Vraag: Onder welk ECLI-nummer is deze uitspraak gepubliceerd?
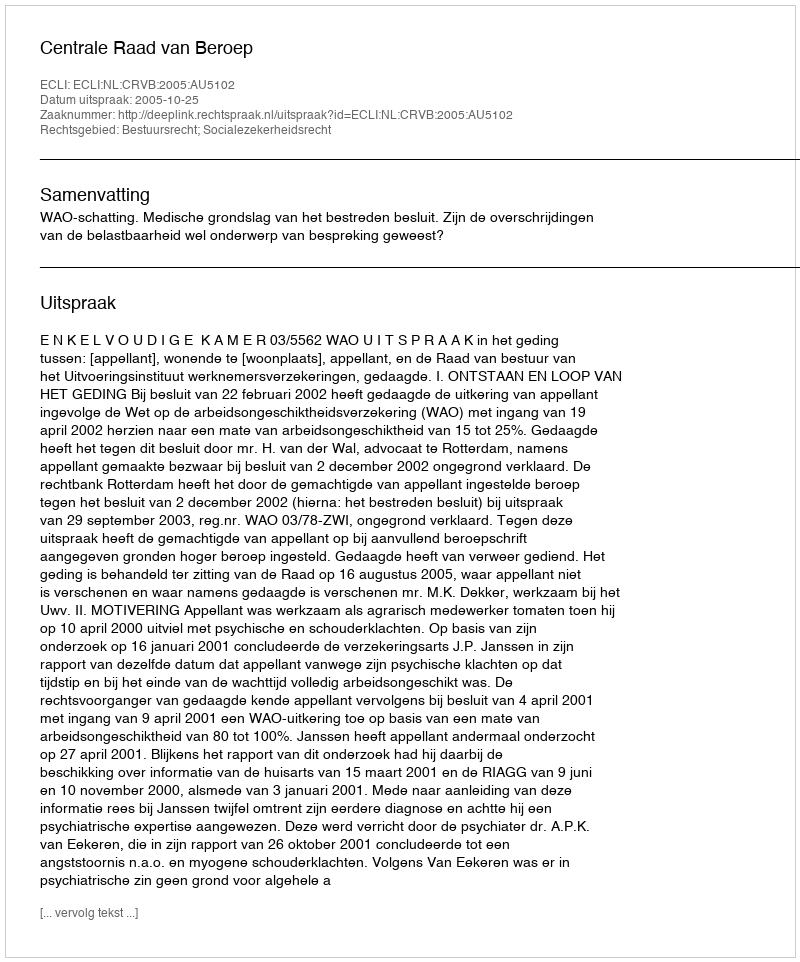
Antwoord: ECLI:NL:CRVB:2005:AU5102